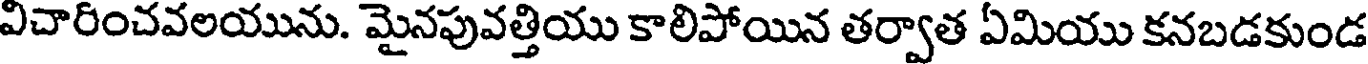
విచారించవలయును. మైనపువత్తియు కాలిపోయిన తర్వాత ఏమియు కనబడకుండ